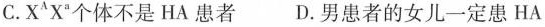
C.X^{A}X^{a}个体不是HA患者D.男患者的女儿一定患HA